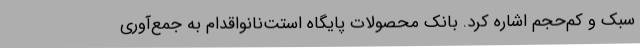
سبک و کم‌حجم اشاره کرد. بانک محصولات پایگاه استت‌نانواقدام به جمع‌آوری